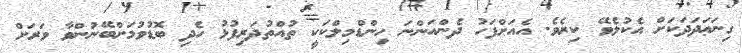
ގިނަޢަދަދަކަށް އެކުލެވޭ ކިރެވެ. އެއަށްފަހު ދެންއަންނަ ހިންޑްމިލްކަކީ ތުއްތުދަރިފުޅު ހެދި ބޮޑުވުމަށްބޭނުންވާ ވަރަށް